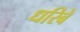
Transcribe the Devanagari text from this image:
धरिबे